Vaccination Hyderabad 1872-1889 - 1872-1889
Year: 1872
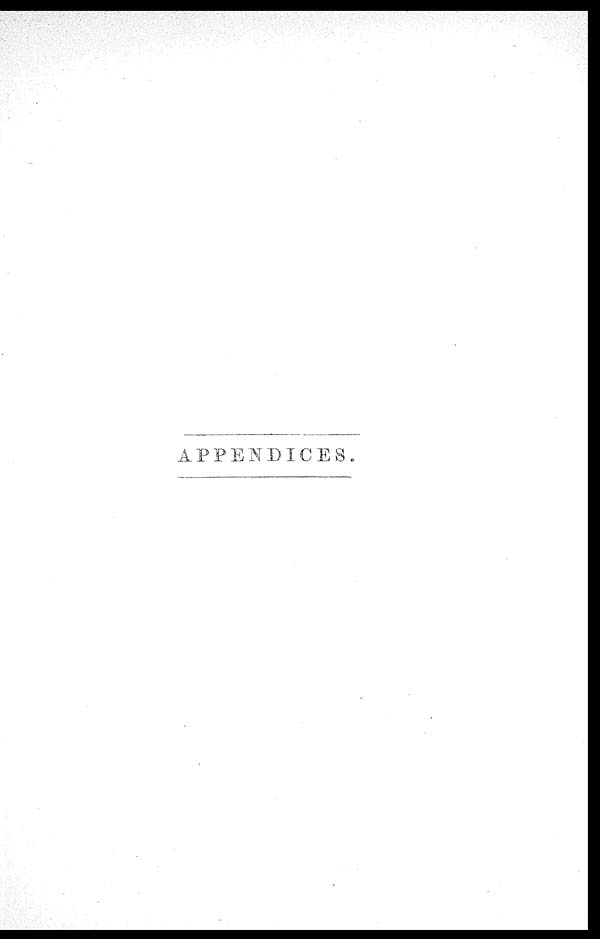
APPENDICES.